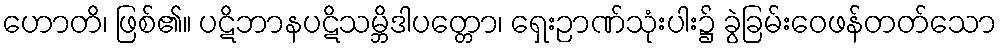
ဟောတိ၊ ဖြစ်၏။ ပဋိဘာနပဋိသမ္ဘိဒါပတ္တော၊ ရှေးဉာဏ်သုံးပါး၌ ခွဲခြမ်းဝေဖန်တတ်သော